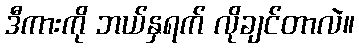
ဒီကားကို ဘယ်နှရက် လိုချင်တာလဲ။